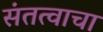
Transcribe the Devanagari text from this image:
संतत्वाचा